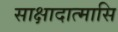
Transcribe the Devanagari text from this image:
साक्षादात्मासि